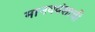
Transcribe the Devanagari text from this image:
मानववंशाची